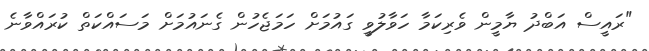
"ރައީސް އަބްދު ޔާމީން ވެރިކަމާ ހަވާލުވީ ގައުމަށް ހަމަޖެހުން ގެނައުމަށް މަސައްކަތް ކުރައްވާނެ